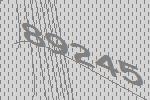
89245